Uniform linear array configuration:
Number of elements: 64
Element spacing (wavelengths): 0.75
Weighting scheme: hamming
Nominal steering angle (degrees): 15
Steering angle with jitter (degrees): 14.248
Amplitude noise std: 0.05
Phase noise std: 0.05

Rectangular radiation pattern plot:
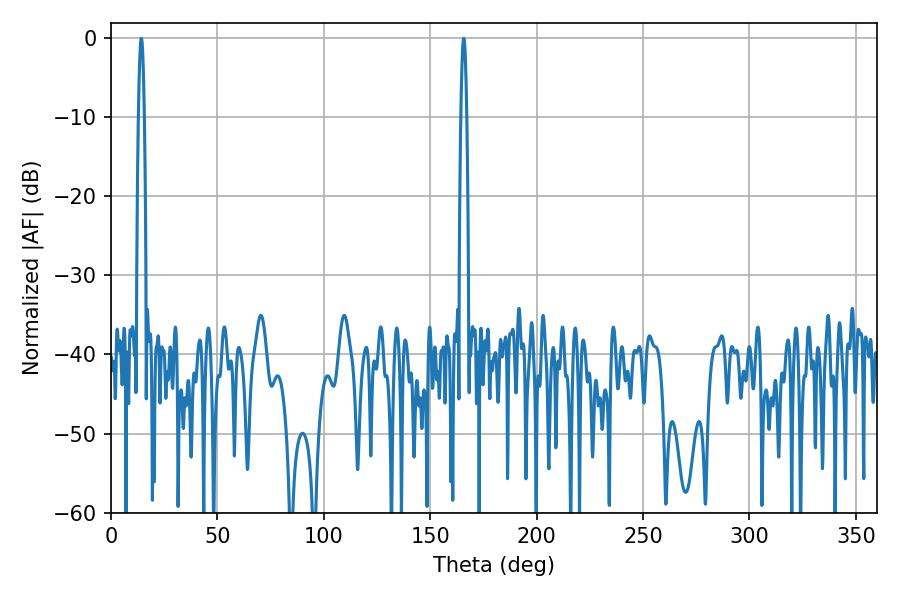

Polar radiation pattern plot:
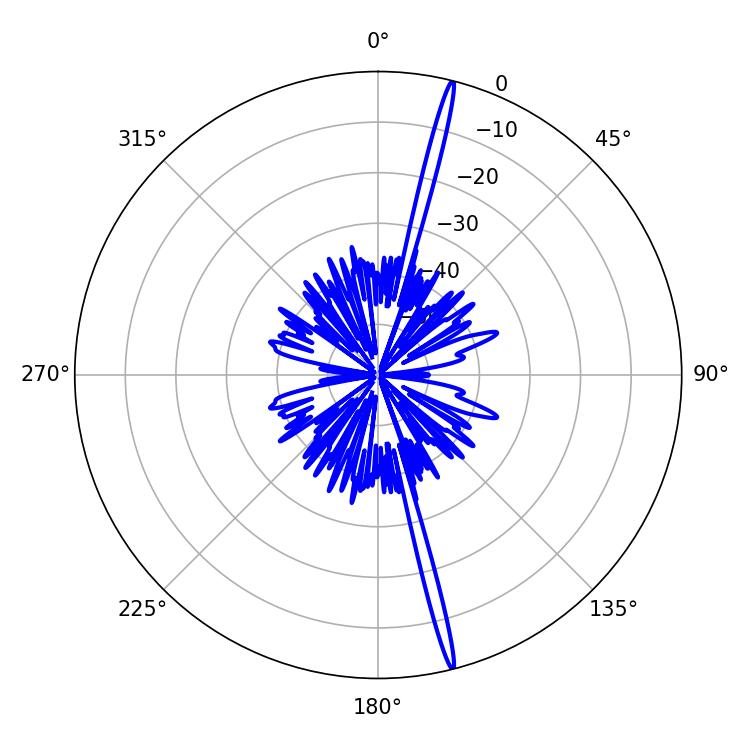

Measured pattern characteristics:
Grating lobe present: TRUE
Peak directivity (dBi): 21.392
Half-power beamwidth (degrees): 1.44
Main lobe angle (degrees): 14.22